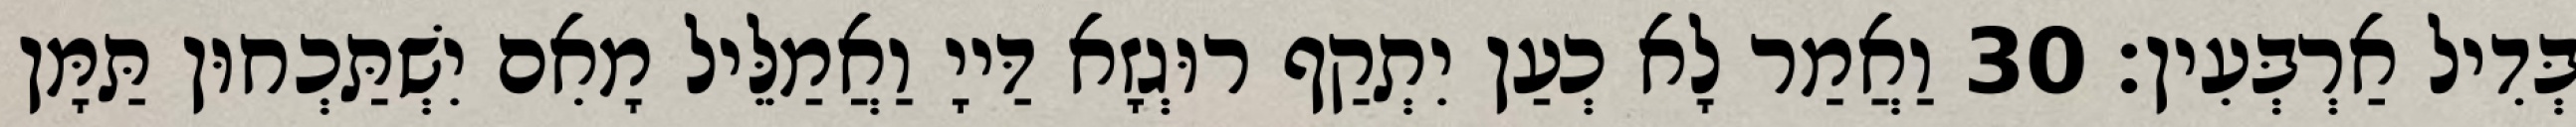
בְּדִיל אַרְבְּעִין׃ 30 וַאֲמַר לָא כְעַן יִתְקַף רוּגְזָא דַּייָ וַאֲמַלֵּיל מָאִם יִשְׁתַּכְחוּן תַּמָּן